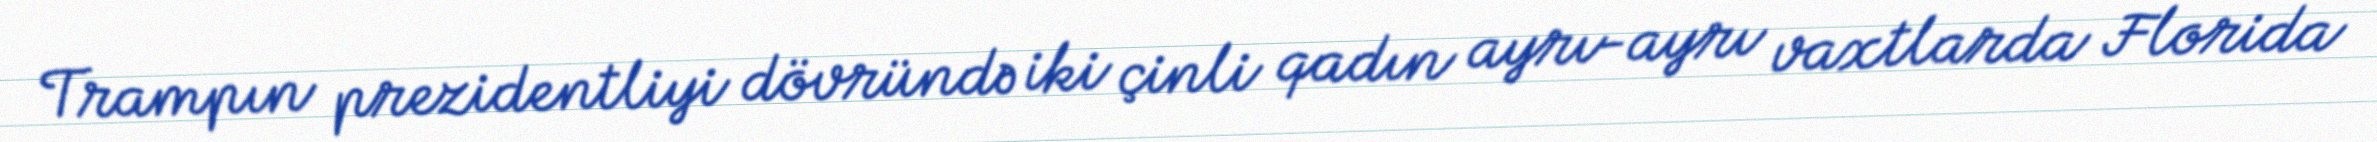
Trampın prezidentliyi dövründə iki çinli qadın ayrı-ayrı vaxtlarda Florida